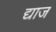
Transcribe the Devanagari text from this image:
द्याज